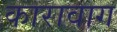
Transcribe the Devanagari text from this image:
कारावाग